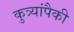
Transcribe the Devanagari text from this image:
कुत्र्यांपैकी